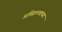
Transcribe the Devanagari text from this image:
अस्तित्त्वाच्या